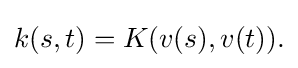
\displaystyle {k(s,t)=K(v(s),v(t)).}